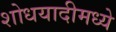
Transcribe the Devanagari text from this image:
शोधयादीमध्ये